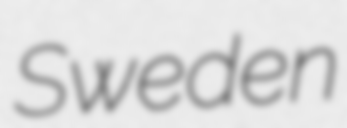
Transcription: Sweden